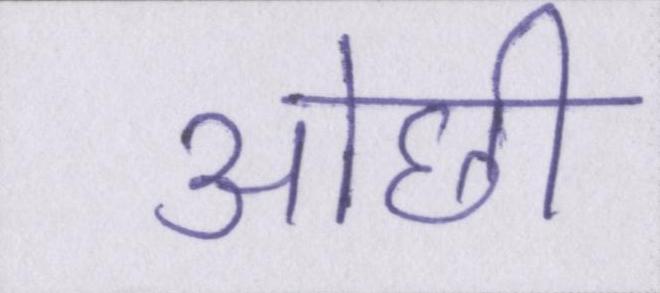
ओछी